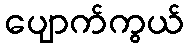
ပျောက်ကွယ်